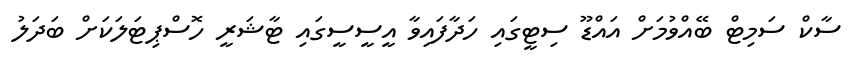
ސާކް ސަމިޓް ބޭއްވުމަށް އައްޑޫ ސިޓީގައި ހަދާފައިވާ އީސީސީގައި ޓާޝަރީ ހޮސްޕިޓަލަކަށް ބަދަލު